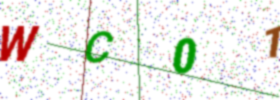
Text: WC01